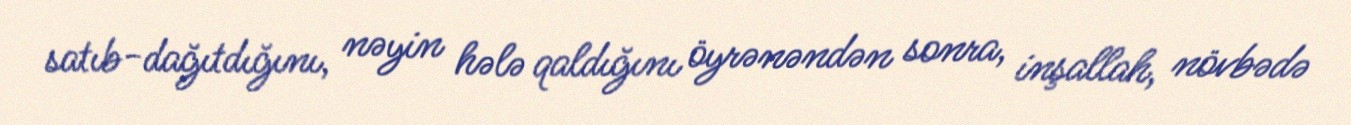
satıb-dağıtdığını, nəyin hələ qaldığını öyrənəndən sonra, inşallah, növbədə